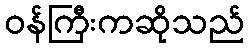
ဝန်ကြီးကဆိုသည်